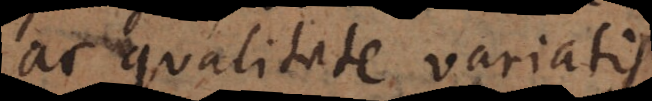
ac qualitate variatis.